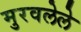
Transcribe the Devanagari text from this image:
मुरवलेले